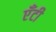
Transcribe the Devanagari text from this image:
एँटी